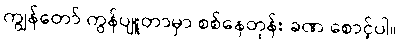
ကျွန်တော် ကွန်ပျူတာမှာ စစ်နေတုန်း ခဏ စောင့်ပါ။